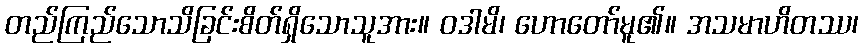
တည်ကြည်သောသိခြင်းစိတ်ရှိသောသူအား။ ဝဒါမိ၊ ဟောတော်မူ၏။ အသမာဟိတဿ၊